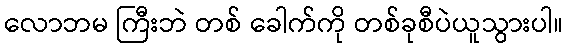
လောဘမ ကြီးဘဲ တစ် ခေါက်ကို တစ်ခုစီပဲယူသွားပါ။